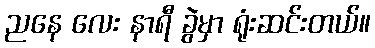
ညနေ လေး နာရီ ခွဲမှာ ရုံးဆင်းတယ်။